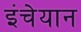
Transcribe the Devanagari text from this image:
इंचेयान